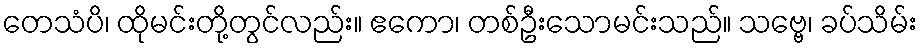
တေသံပိ၊ ထိုမင်းတို့တွင်လည်း။ ဧကော၊ တစ်ဦးသောမင်းသည်။ သဗ္ဗေ၊ ခပ်သိမ်း